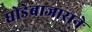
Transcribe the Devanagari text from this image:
घोडेबाजाराने